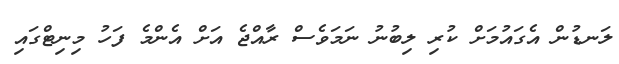
ލަނޑުން އެގައުމަށް ކުރި ލިބުނު ނަމަވެސް ރާއްޖެ އަށް އެންމެ ފަހު މިނިޓްގައި